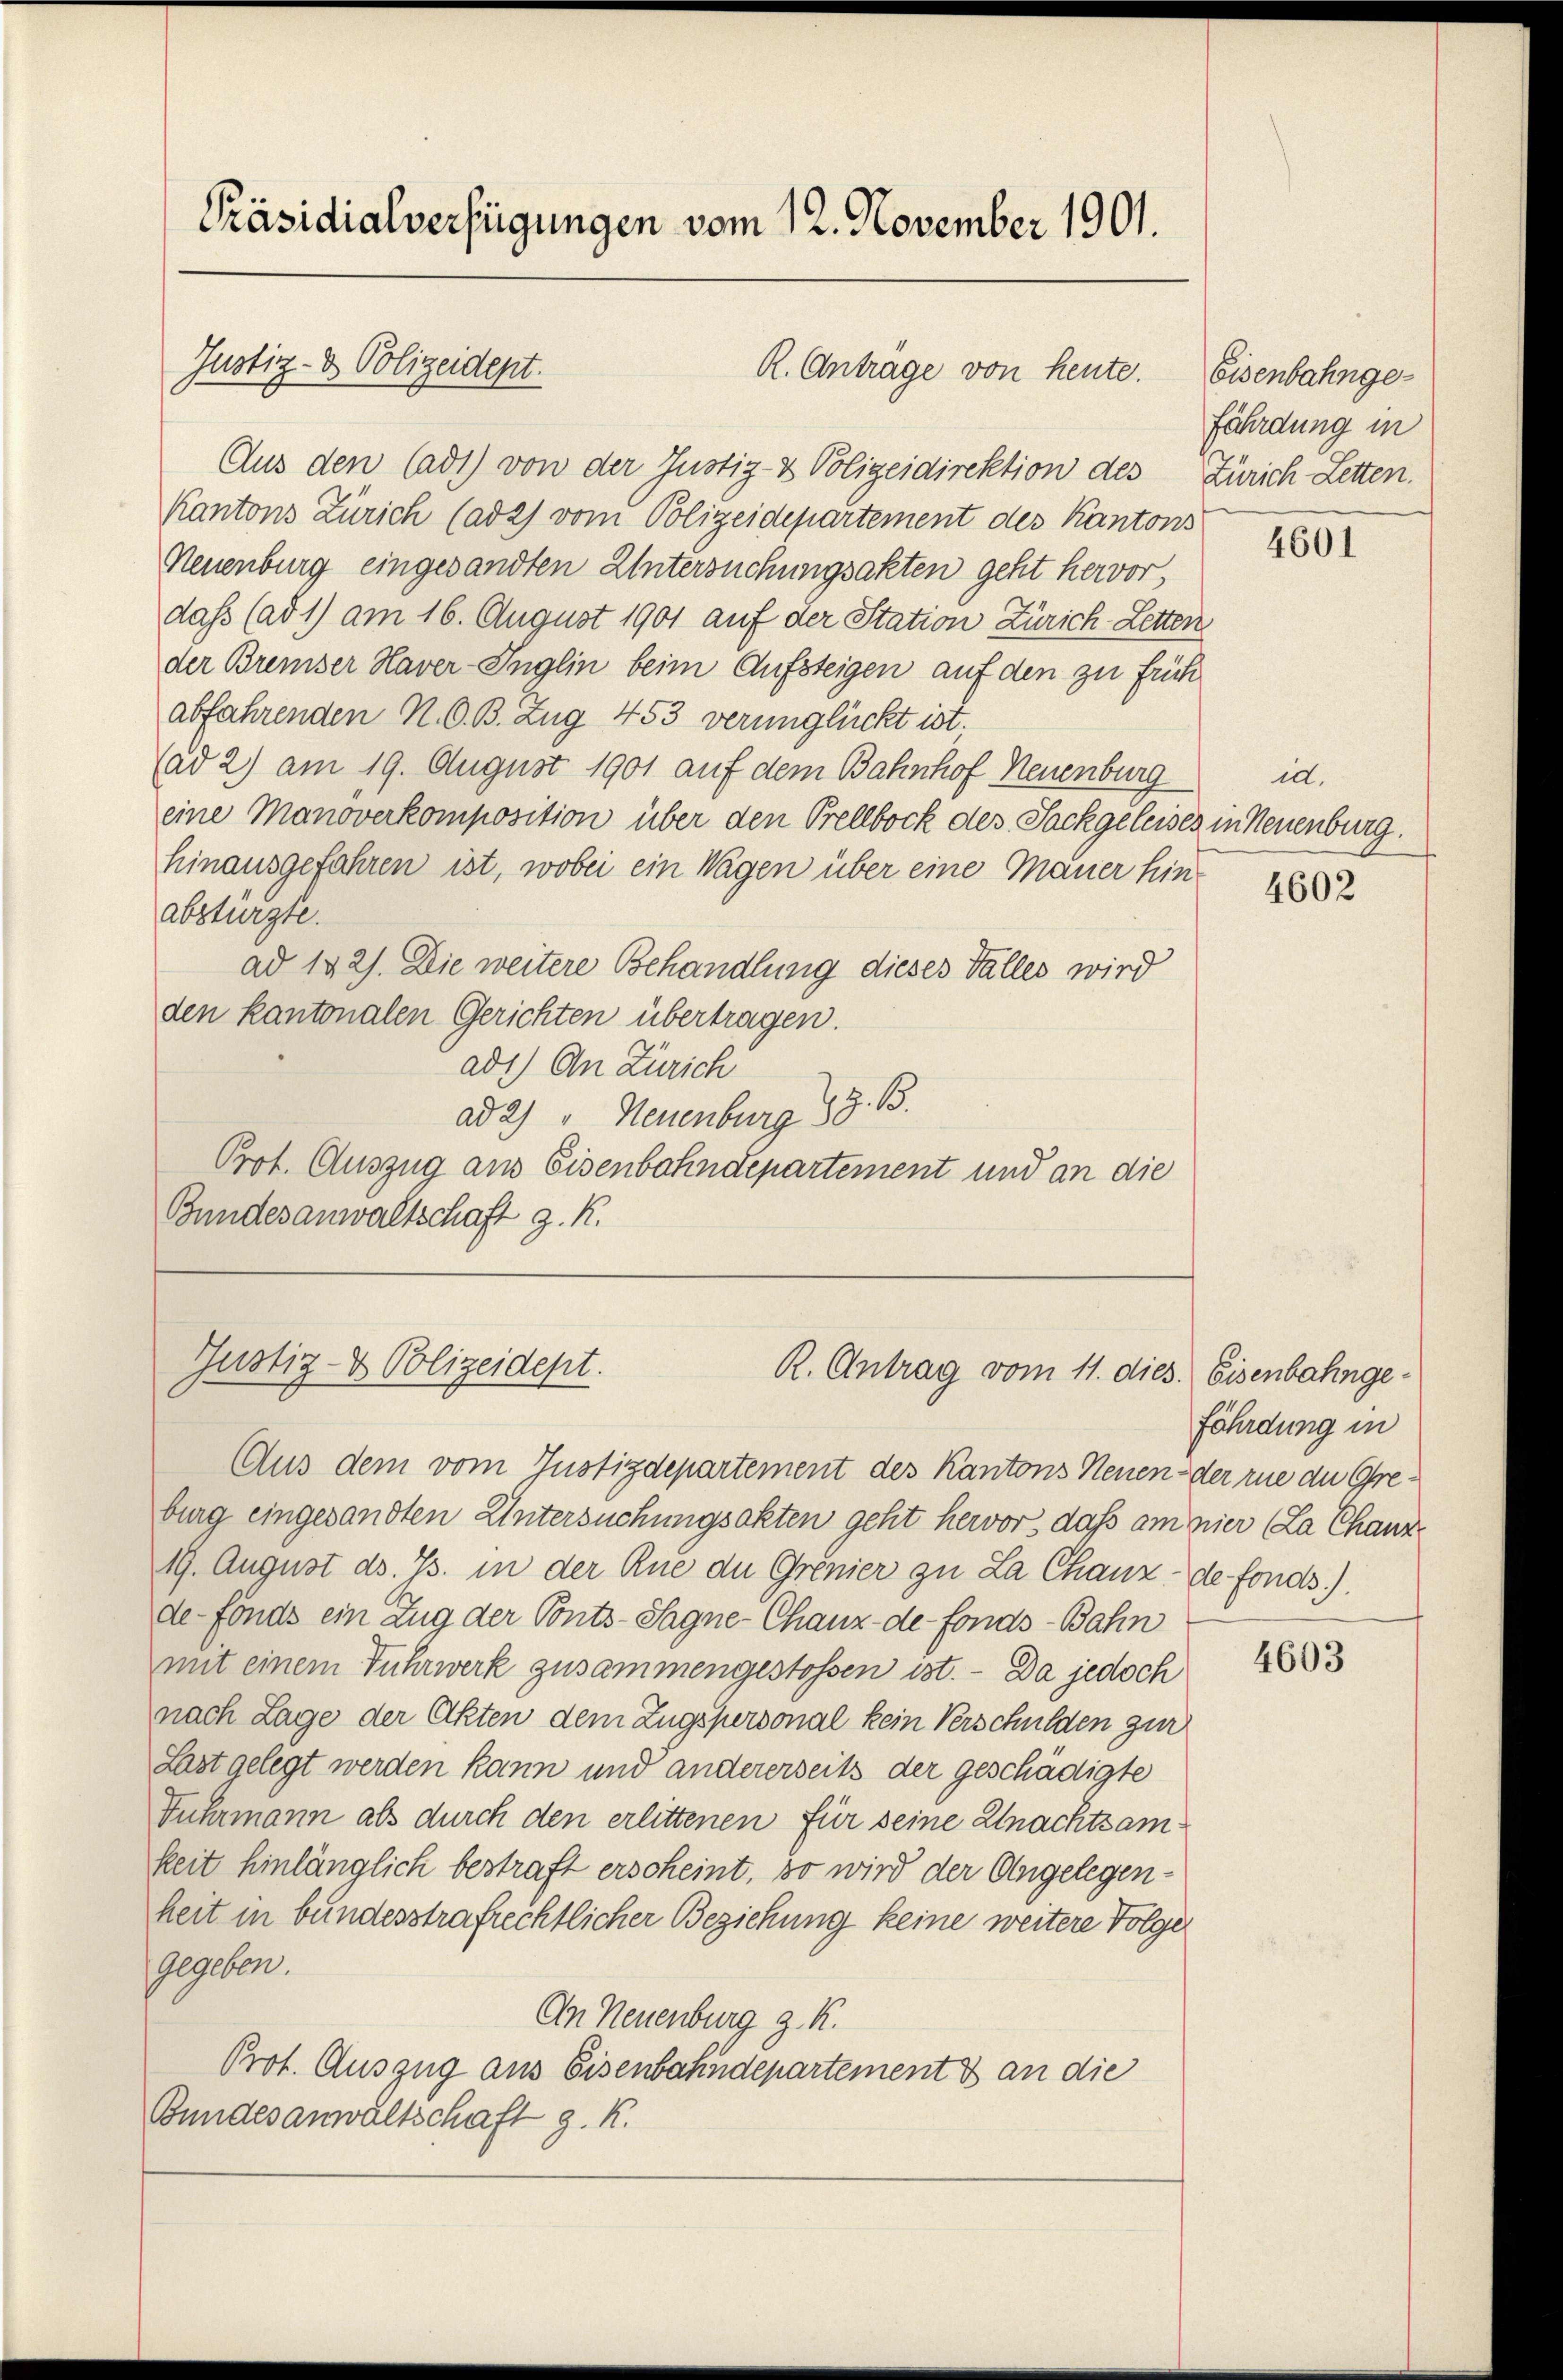
Präsidialverfügungen vom 12. November 1901.

Justiz- & Polizeidept.

Aus den Cadt) von der Justiz- & Polizeidirektion des Zürich Letten.
Kantons Zürich (ad 2) vom Polizeidepartement des Kantons
Neuenburg eingesandten Untersuchungsakten geht hervor,
dass (ad 1) am 16. August 1901 auf der Station Zürich-Letten
der Breiser Haver-Inglin beim Aufsteigen auf den zu früh
abfahrenden N. O. B. Zug 453 verunglückt ist.
(ad 2) am 19. August 1901 auf dem Bahnhof Neuenburg
eine Manoverkomposition über den Prellbock des Sackgeleises in Neuenburg.
hinausgefahren ist, wobei ein Wagen über eine Mauer hinabstürzte.
ad 142). Die weitere Behandlung dieses Falles wird
den kantonalen Gerichten übertragen.
ad1) An Zürich
ad 2) " Neuenburg 15. B.
Prot. Auszug aus Eisenbahndepartement und an die
Bundesanwaltschaft z. K.

R. Antrage von heute.

Justiz- & Polizeidept.
R. Antrag vom 11. dies

Aus dem vom Justizdepartement des Kantons Neuen der rue du Greburg eingesandten Untersuchungsakten geht hervor, daß am hier (La Chanz.
19. August ds. Js. in der Rue du Grenier zu La Chaux-de fonds.)
de-Fonds ein Zug der Ponts-Sagne-Chaux-de-Fonds-Bahn
mit einem Fuhrwerk zusammengestossen ist. - Da jedoch
nach Lage der Akten dem Zugspersonal kein Verschulden zur
Last gelegt werden kann und andererseits der geschädigte
Fuhrmann als durch den erlittenen für seine Unachtsamkeit hinlänglich bestraft erscheint, so wird der Angelegen-
heit in bundesstrafrechtlicher Beziehung keine weitere Folger
gegeben.
An Neuenburg z. K.
Prot. Auszug aus Eisenbahndepartement & an die
Bundesanwaltschaft g. K.

Eisenbahngefährdung in

4601

id.

4602

Eisenbahngefährdung in

4603